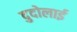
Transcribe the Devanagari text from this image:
दुदोलाई